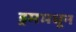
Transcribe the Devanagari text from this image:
ड्रममधून